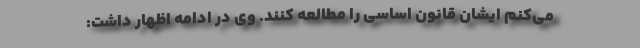
می‌کنم ایشان قانون اساسی را مطالعه کنند. وی در ادامه اظهار داشت: